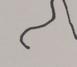
Signature authenticity: forged